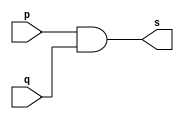
// -------------------------
// Exercicio0009 - AND3
// Nome: Guilherme Gideoni Albinati Batista
// ------------------------- 
// -- and gate 
// ------------------------- 
module andgate ( output s, input p, input q); 
	assign s = p & q; 
endmodule // andgate 

module andgate3 ( output s, input p, input q, input r); 
	wire buff;
	andgate AND (buff, q, r);
	assign s = p & buff; 
endmodule // andgate

module testandgate; 
	reg a, b, c; // definir registradores 
	wire s; // definir conexao (fio) 
	// ------------------------- instancia 
	andgate3 AND3 (s, a, b, c);  
	// ------------------------- preparacao 
	initial begin:start 
	// atribuicao simultanea 
	// dos valores iniciais 
	a=0; b=0;c=0; 
	end 
	initial begin//:main
		// execucao unitaria
		$display("Exercicio 0009 - Guilherme Gideoni Albinati Batista - 451565");
		$display("Test AND3"); 
		$display("\na & b & c= s\n"); 
		a=0; b=0; c=0; 
		#1 $display("%b & %b & %b = %b", a, b, c, s); 
		a=0; b=1; c=0; 
		#1 $display("%b & %b & %b = %b", a, b, c, s); 
		a=1; b=0; c=0; 
		#1 $display("%b & %b & %b = %b", a, b, c, s); 
		a=1; b=1; c=0; 
		#1 $display("%b & %b & %b = %b", a, b, c, s);  
		a=0; b=0; c=1; 
		#1 $display("%b & %b & %b = %b", a, b, c, s); 
		a=0; b=1; c=1; 
		#1 $display("%b & %b & %b = %b", a, b, c, s); 
		a=1; b=0; c=1; 
		#1 $display("%b & %b & %b = %b", a, b, c, s); 
		a=1; b=1; c=1; 
		#1 $display("%b & %b & %b = %b", a, b, c, s);
	end
endmodule